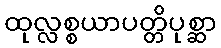
ထုလ္လစ္စယာပတ္တိပုစ္ဆာ